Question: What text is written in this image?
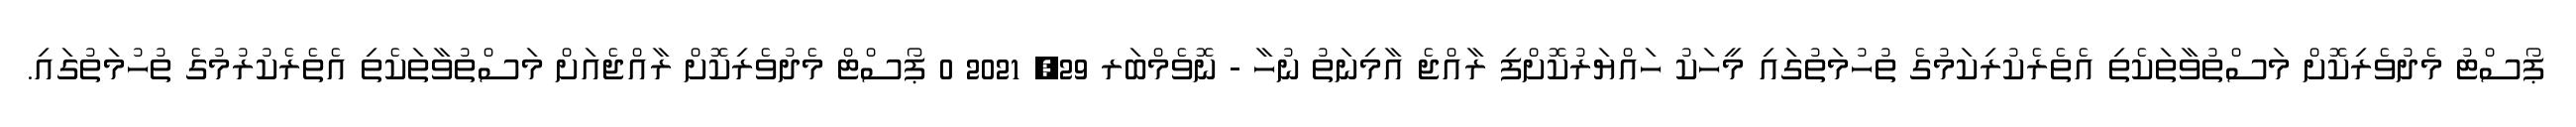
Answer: ޕޯސްޓު މެދުވެރިކޮށް މަސްތުވާތަކެތި އެތެރެކުރިކަމުގެ ތުހުމަތުގައި މީހަކު ހައްޔަރުކޮށްފި ރާއްޖެ އާމިނަތު ނުހާ - ނޮވެމްބަރ 29, 2021 0 ޕޯސްޓް މެދުވެރިކޮށް ރާއްޖެއަށް މަސްތުވާތަކެތި އެތެރެކުރުމުގެ ތުހުމަތުގައި.